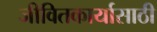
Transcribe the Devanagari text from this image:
जीवितकार्यासाठी